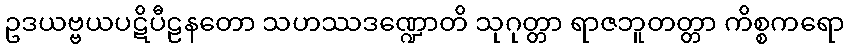
ဥဒယဗ္ဗယပဋိပီဠနတော သဟဿဒဏ္ဍောတိ သုဂုတ္တာ ရာဇဘူတတ္တာ ကိစ္စကရော